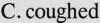
C.coughed